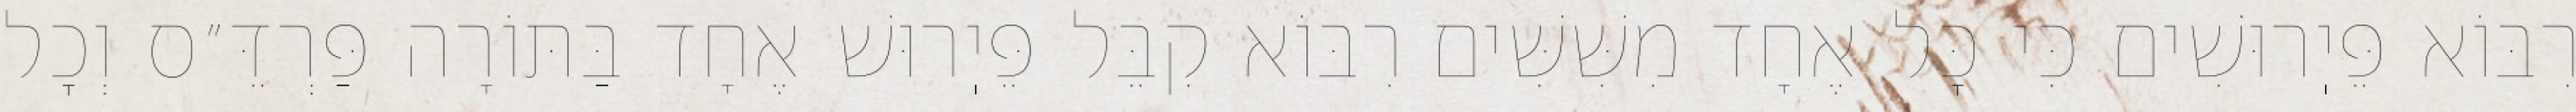
רִבּוֹא פֵּיֽרוּשִׁים כִּי כׇּל אֶחָד מִשִּׁשִּׁים רִבּוֹא קִבֵּל פֵּיֽרוּשׁ אֶחָד בַּתּוֹרָה פַּרְדֵּ״ס וְכׇל